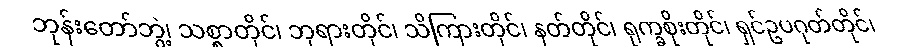
ဘုန်းတော်ဘွဲ့၊ သစ္စာတိုင်၊ ဘုရားတိုင်၊ သိကြားတိုင်၊ နတ်တိုင်၊ ရုက္ခစိုးတိုင်၊ ရှင်ဥပဂုတ်တိုင်၊